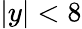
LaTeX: |y|<8